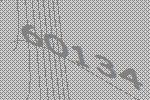
60134